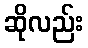
ဆိုလည်း